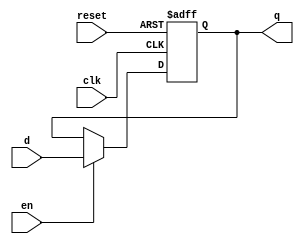
module d_ff_reset_en
(
    //asynchronous reset
    //synchronous en
    input wire clk,
    input wire reset,
    input wire en,
    input wire d,
    output reg q
);

always @(posedge clk, posedge reset) 
begin
    if(reset)
        q <= 1'b0;
    else if(en)
        q <= d;
    else
        q <= q;
end

endmodule